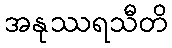
အနုဿရသီတိ